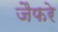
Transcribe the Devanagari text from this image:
जैफरे